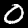
Digit: 0